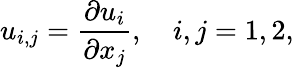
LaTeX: u_{i,j}=\frac{\partial u_{i}}{\partial x_{j}},\quad i,j=1,2,